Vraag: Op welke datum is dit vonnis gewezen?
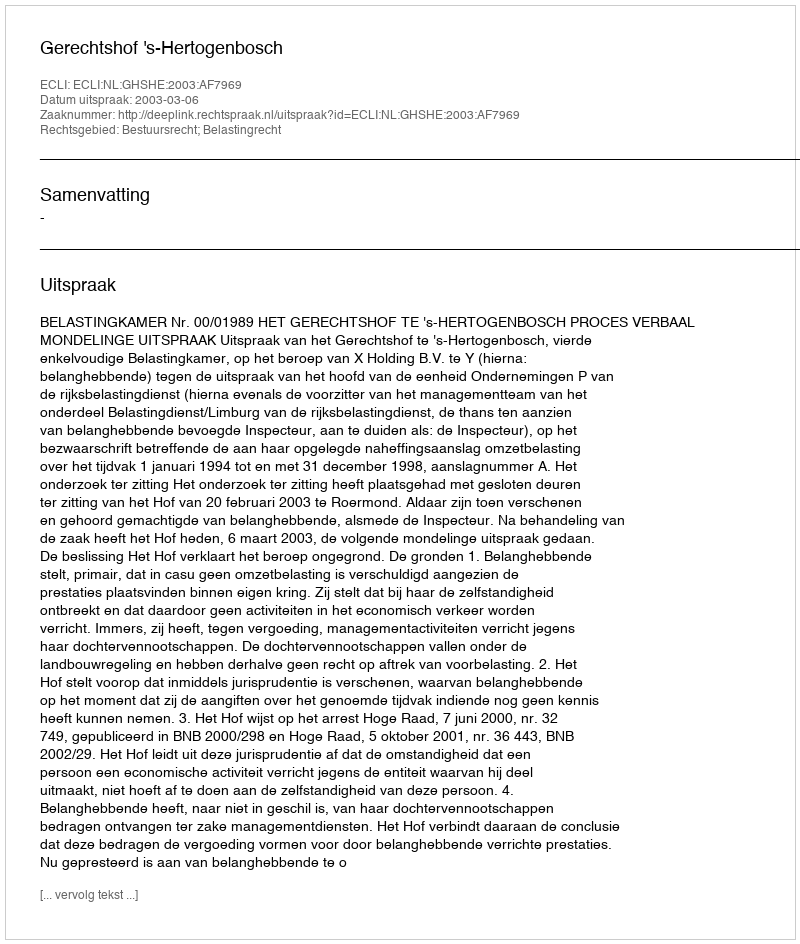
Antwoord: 2003-03-06